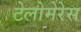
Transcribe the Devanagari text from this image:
टेलोमेरेस